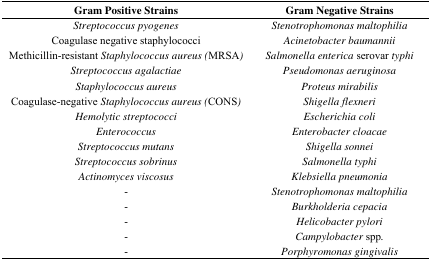
<table><thead><tr><td><b>Gram Positive Strains</b></td><td><b>Gram Negative Strains</b></td></tr></thead><tbody><tr><td><i>Streptococcus pyogenes</i></td><td><i>Stenotrophomonas maltophilia</i></td></tr><tr><td>Coagulase negative staphylococci</td><td><i>Acinetobacter baumannii</i></td></tr><tr><td>Methicillin-resistant <i>Staphylococcus aureus (</i>MRSA<i>)</i></td><td><i>Salmonella enterica</i> serovar <i>typhi</i></td></tr><tr><td><i>Streptococcus agalactiae</i></td><td><i>Pseudomonas aeruginosa</i></td></tr><tr><td><i>Staphylococcus aureus</i></td><td><i>Proteus mirabilis</i></td></tr><tr><td>Coagulase-negative <i>Staphylococcus aureus (</i>CONS<i>)</i></td><td><i>Shigella flexneri</i></td></tr><tr><td><i>Hemolytic streptococci</i></td><td><i>Escherichia coli</i></td></tr><tr><td><i>Enterococcus</i></td><td><i>Enterobacter cloacae</i></td></tr><tr><td><i>Streptococcus mutans</i></td><td><i>Shigella sonnei</i></td></tr><tr><td><i>Streptococcus sobrinus</i></td><td><i>Salmonella typhi</i></td></tr><tr><td><i>Actinomyces viscosus</i></td><td><i>Klebsiella pneumonia</i></td></tr><tr><td>-</td><td><i>Stenotrophomonas maltophilia</i></td></tr><tr><td>-</td><td><i>Burkholderia cepacia</i></td></tr><tr><td>-</td><td><i>Helicobacter pylori</i></td></tr><tr><td>-</td><td><i>Campylobacter</i> spp<i>.</i></td></tr><tr><td>-</td><td><i>Porphyromonas gingivalis</i></td></tr></tbody></table>